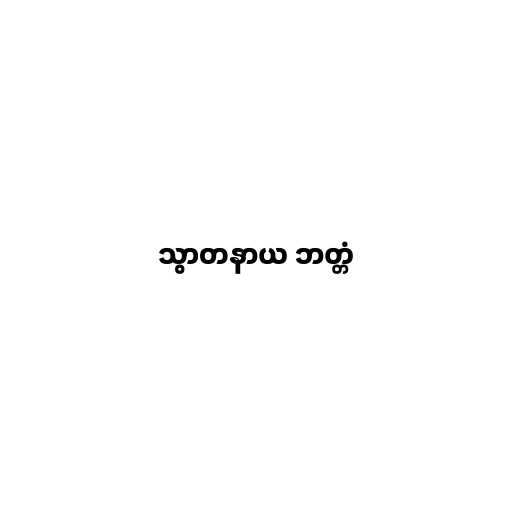
သွာတနာယ ဘတ္တံ